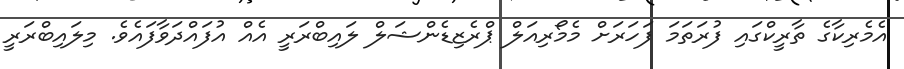
އެމެރިކާގެ ތާރީކްގައި ފުރަތަމަ ފަހަރަށް މެމޯރިއަލް ޕްރެޒިޑެންޝަލް ލައިބްރަރީ އެއް އުފައްދަވާފައެވެ. މިލައިބްރަރީ